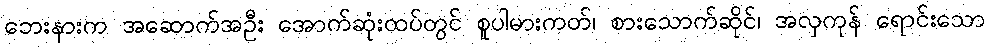
ဘေးနားက အဆောက်အဦး အောက်ဆုံးထပ်တွင် စူပါမားကတ်၊ စားသောက်ဆိုင်၊ အလှကုန် ရောင်းသော